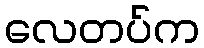
လေတပ်က